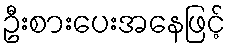
ဦးစားပေးအနေဖြင့်